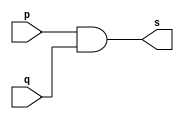
//----
//Exemplo0003 - AND
//Nome: Thas Pedrosa Gomes
//Matrcula: 451616
//----

//----
//-- and gate
//----

module andgate (output s, input p, input q);
assign s = p & q; //criar vinculo permanente
              //(dependencia)
endmodule // andgate

//----
//-- test and gate
//----

module testandgate;
//---- dados locais
	reg a, b; //definir registrador
	       //(variavel independente)
	wire s; //definir conexao (fio)
	        //(variavel dependente)
			  
//---- instancia
andgate AND1 (s, a, b);

//---- preparacao
initial begin: start
  a = 0; b = 0;//valor inicial
end

//---- parte principal
initial begin: main
    //execucao unitaria
	$display("Exemplo0003 - Thais Pedrosa Gomes - 451616");
	$display("Test AND gate.");
	$display("\na & b = s\n");
	  a = 0; b = 0;
#1 	$display("%b & %b = %b", a, b, s);
     a = 0; b = 1;  
#1    $display("%b & %b = %b", a, b, s);
     a = 1; b = 0;
#1    $display("%b & %b = %b", a, b, s);
     a = 1; b = 1;
#1    $display("%b & %b = %b", a, b, s);	  	  
end

endmodule //testandgate